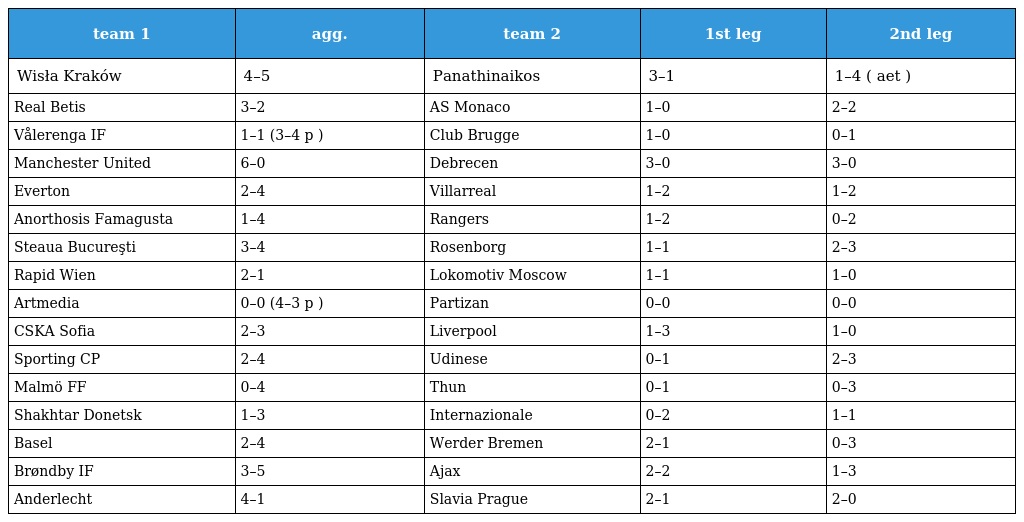
| team 1 | agg. | team 2 | 1st leg | 2nd leg |
 | --- | --- | --- | --- | --- |
 | Wisła Kraków | 4–5 | Panathinaikos | 3–1 | 1–4 ( aet ) |
 | Real Betis | 3–2 | AS Monaco | 1–0 | 2–2 |
 | Vålerenga IF | 1–1 (3–4 p ) | Club Brugge | 1–0 | 0–1 |
 | Manchester United | 6–0 | Debrecen | 3–0 | 3–0 |
 | Everton | 2–4 | Villarreal | 1–2 | 1–2 |
 | Anorthosis Famagusta | 1–4 | Rangers | 1–2 | 0–2 |
 | Steaua Bucureşti | 3–4 | Rosenborg | 1–1 | 2–3 |
 | Rapid Wien | 2–1 | Lokomotiv Moscow | 1–1 | 1–0 |
 | Artmedia | 0–0 (4–3 p ) | Partizan | 0–0 | 0–0 |
 | CSKA Sofia | 2–3 | Liverpool | 1–3 | 1–0 |
 | Sporting CP | 2–4 | Udinese | 0–1 | 2–3 |
 | Malmö FF | 0–4 | Thun | 0–1 | 0–3 |
 | Shakhtar Donetsk | 1–3 | Internazionale | 0–2 | 1–1 |
 | Basel | 2–4 | Werder Bremen | 2–1 | 0–3 |
 | Brøndby IF | 3–5 | Ajax | 2–2 | 1–3 |
 | Anderlecht | 4–1 | Slavia Prague | 2–1 | 2–0 |